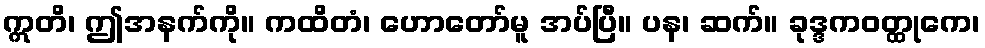
ဣတိ၊ ဤအနက်ကို။ ကထိတံ၊ ဟောတော်မူ အပ်ပြီ။ ပန၊ ဆက်။ ခုဒ္ဒကဝတ္ထုကေ၊